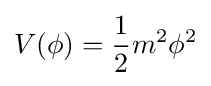
V(\phi )={\frac {1}{2}}m^{2}\phi ^{2}